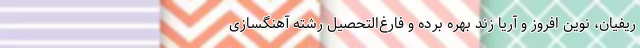
ریفیان، نوین افروز و آریا زند بهره برده و فارغ‌التحصیل رشته آهنگسازی